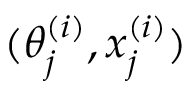
( \theta _ { j } ^ { ( i ) } , x _ { j } ^ { ( i ) } )